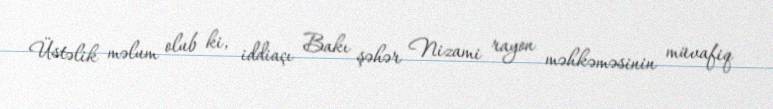
Üstəlik məlum olub ki, iddiaçı Bakı şəhər Nizami rayon məhkəməsinin müvafiq